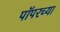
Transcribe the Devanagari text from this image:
पॉपरच्या